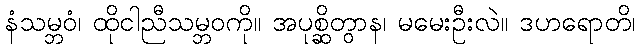
နံသမ္ဘဝံ၊ ထိုငါညီသမ္ဘဝကို။ အပုစ္ဆိတွာန၊ မမေးဦးလဲ။ ဒဟရောတိ၊